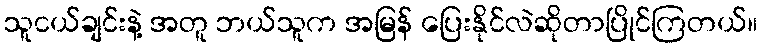
သူငယ်ချင်းနဲ့ အတူ ဘယ်သူက အမြန် ပြေးနိုင်လဲဆိုတာပြိုင်ကြတယ်။